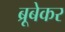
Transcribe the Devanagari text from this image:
ब्रूबेकर